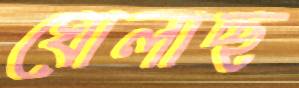
ঘোলাচ্ছ